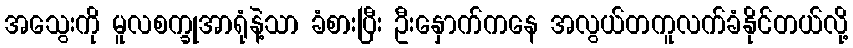
အသွေးကို မူလစက္ခုအာရုံနဲ့သာ ခံစားပြီး ဦးနှောက်ကနေ အလွယ်တကူလက်ခံနိုင်တယ်လို့